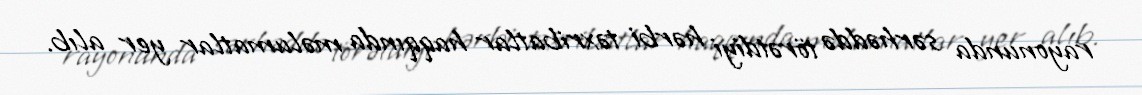
rayonunda sərhəddə törətdiyi hərbi təxribatlar haqqında məlumatlar yer alıb.